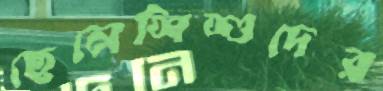
ছেলেশিশুদের